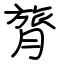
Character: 膂